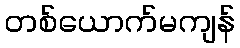
တစ်ယောက်မကျန်